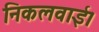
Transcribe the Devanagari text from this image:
निकलवाई।